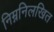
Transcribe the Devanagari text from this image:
निम्ननिलखित